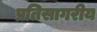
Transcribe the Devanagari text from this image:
प्रतिसागरीय